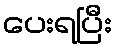
ပေးရပြီး